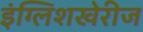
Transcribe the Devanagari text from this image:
इंग्लिशखेरीज